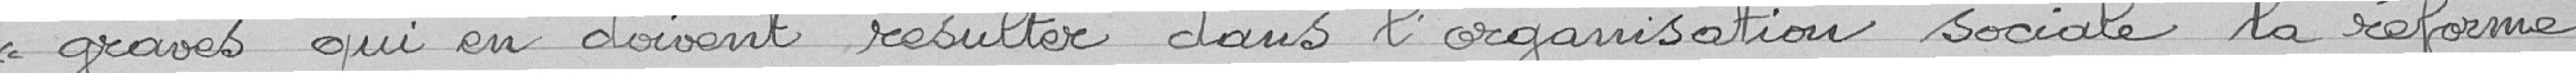
"graves qui en doivent résulter dans l'organisation sociale, la réforme